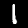
Label: 1